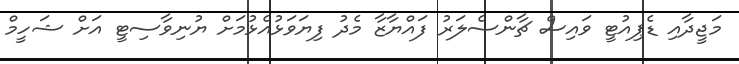
މަޖީދާއި ޑެޕިއުޓީ ވައިސް ޗާންސެލަރު ފައްޔާޒާ މެދު ފިޔަވަޅުއެޅުމަށް ޔުނިވާސިޓީ އަށް ޝަހީމް